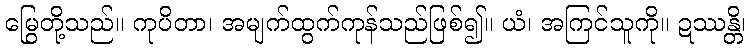
မြွေတို့သည်။ ကုပိတာ၊ အမျက်ထွက်ကုန်သည်ဖြစ်၍။ ယံ၊ အကြင်သူကို။ ဍဿန္တိ၊